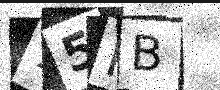
Text: 75NB